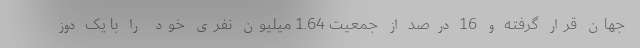
جهان قرار گرفته و 16 درصد از جمعیت 1.64 میلیون نفری خود را با یک دوز